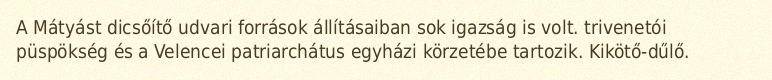
A Mátyást dicsőítő udvari források állításaiban sok igazság is volt. trivenetói püspökség és a Velencei patriarchátus egyházi körzetébe tartozik. Kikötő-dűlő.